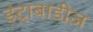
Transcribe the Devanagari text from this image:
इंट्राबाडीज़